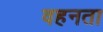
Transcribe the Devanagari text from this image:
वहनता